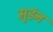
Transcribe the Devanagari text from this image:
मुडंन